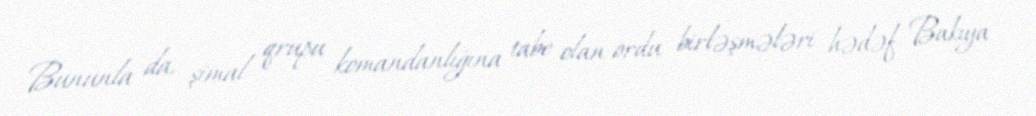
Bununla da, şimal qrupu komandanlığına tabe olan ordu birləşmələri hədəf Bakıya